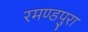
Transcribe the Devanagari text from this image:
रमण्डपुरा